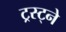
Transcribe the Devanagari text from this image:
ट्रस्ट्ने